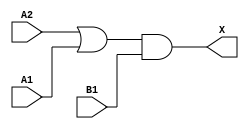
/*
 * Copyright 2020 The SkyWater PDK Authors
 *
 * Licensed under the Apache License, Version 2.0 (the "License");
 * you may not use this file except in compliance with the License.
 * You may obtain a copy of the License at
 *
 *     https://www.apache.org/licenses/LICENSE-2.0
 *
 * Unless required by applicable law or agreed to in writing, software
 * distributed under the License is distributed on an "AS IS" BASIS,
 * WITHOUT WARRANTIES OR CONDITIONS OF ANY KIND, either express or implied.
 * See the License for the specific language governing permissions and
 * limitations under the License.
 *
 * SPDX-License-Identifier: Apache-2.0
*/


`ifndef SKY130_FD_SC_HVL__O21A_FUNCTIONAL_V
`define SKY130_FD_SC_HVL__O21A_FUNCTIONAL_V

/**
 * o21a: 2-input OR into first input of 2-input AND.
 *
 *       X = ((A1 | A2) & B1)
 *
 * Verilog simulation functional model.
 */

`timescale 1ns / 1ps
`default_nettype none

`celldefine
module sky130_fd_sc_hvl__o21a (
    X ,
    A1,
    A2,
    B1
);

    // Module ports
    output X ;
    input  A1;
    input  A2;
    input  B1;

    // Local signals
    wire or0_out   ;
    wire and0_out_X;

    //  Name  Output      Other arguments
    or  or0  (or0_out   , A2, A1         );
    and and0 (and0_out_X, or0_out, B1    );
    buf buf0 (X         , and0_out_X     );

endmodule
`endcelldefine

`default_nettype wire
`endif  // SKY130_FD_SC_HVL__O21A_FUNCTIONAL_V